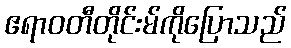
ဧရာဝတီတိုင်းမ်ကိုပြောသည်